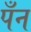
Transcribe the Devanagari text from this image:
पँन